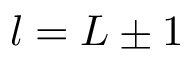
l = L \pm 1